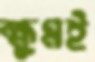
ক্ষুণ্নই